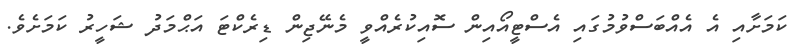
ކަމަށާއި އެ އެއްބަސްވުމުގައި އެސްޓީއޯއިން ސޮއިކުރެއްވީ މެނޭޖިން ޑިރެކްޓަ އަޙްމަދު ޝަހީރު ކަމަށެވެ.